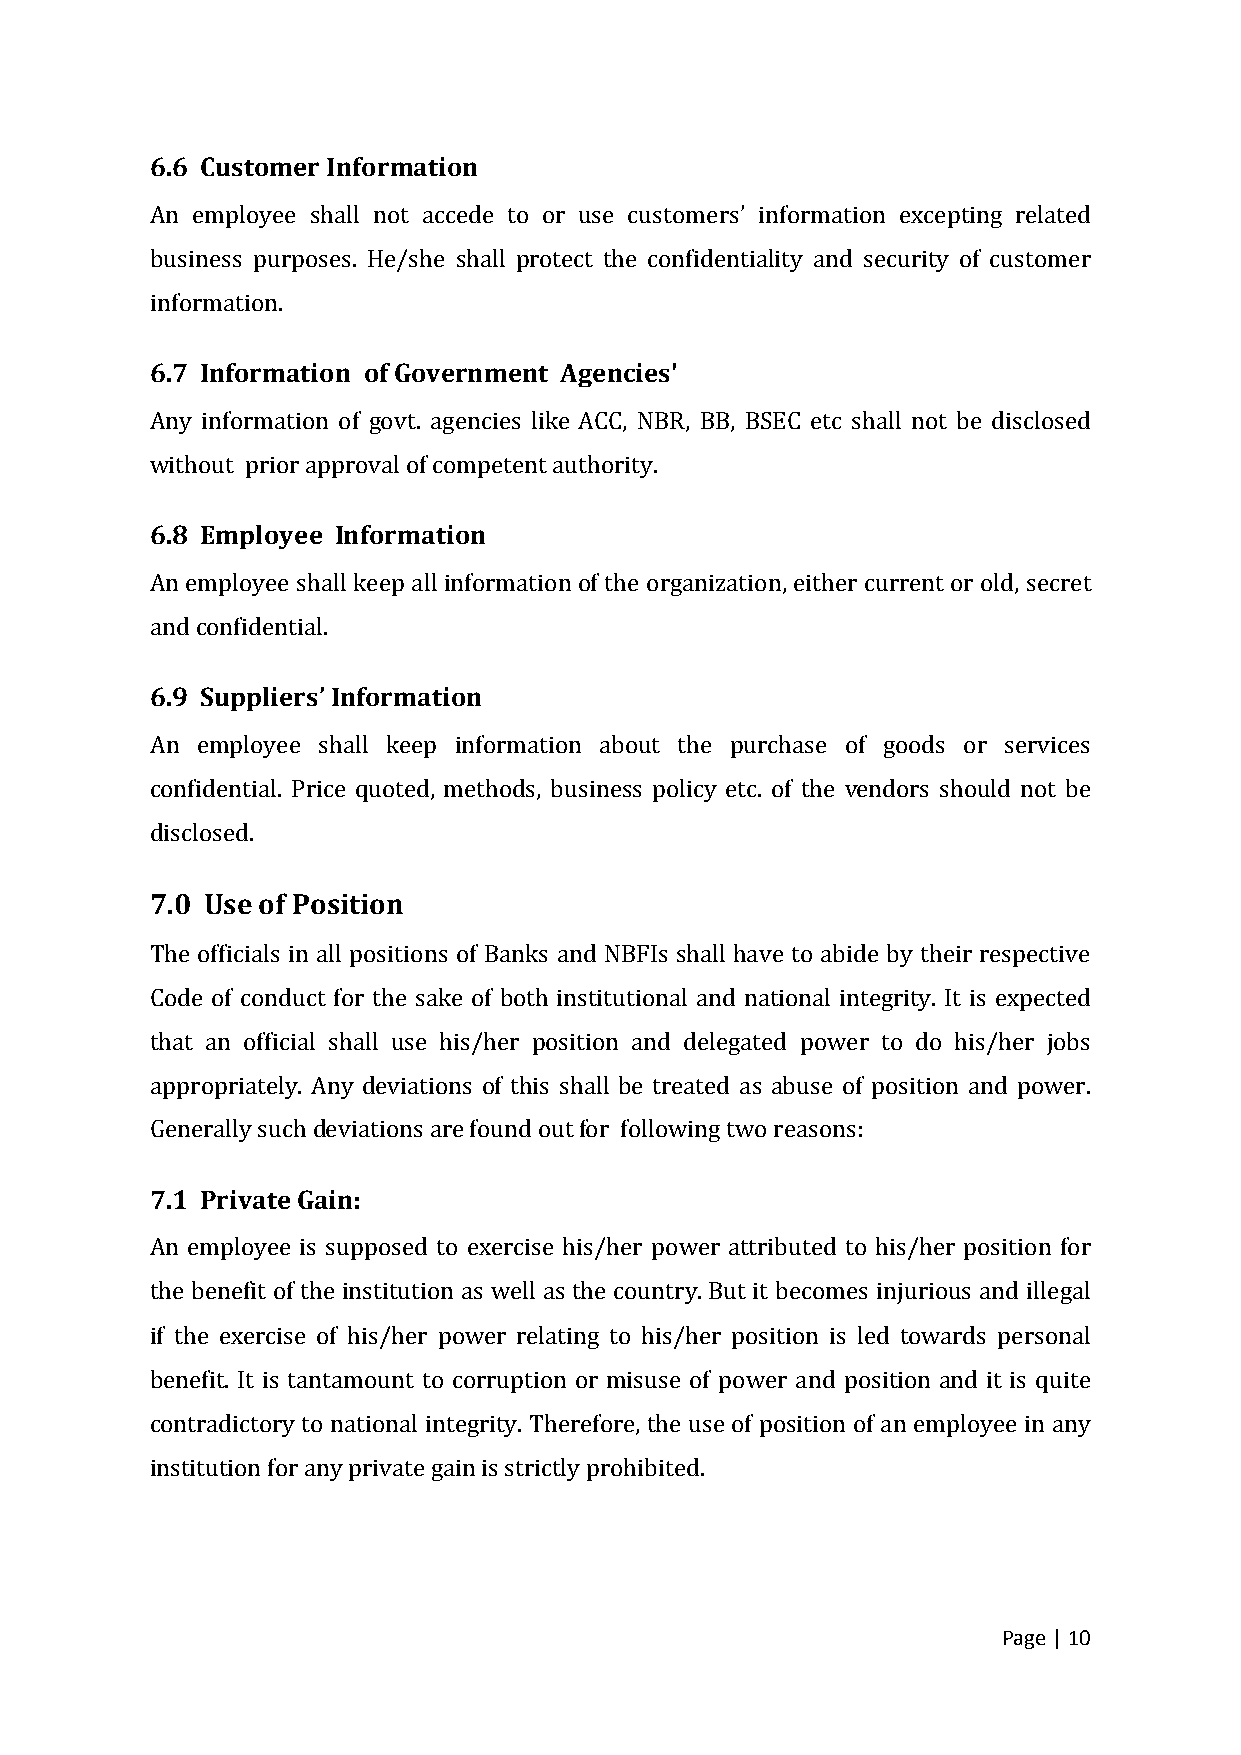
6.6 Customer Information
 An employee shall not accede to or use customers’ information excepting related
 business purposes. He/she shall protect the confidentiality and security of customer
 information.
 6.7 Information of Government Agencies'
 Any information of govt. agencies like ACC, NBR, BB, BSEC etc shall not be disclosed
 without prior approval of competent authority.
 6.8 Employee Information
 An employee shall keep all information of the organization, either current or old, secret
 and confidential.
 6.9 Suppliers’ Information
 An employee shall keep information about the purchase of goods or services
 confidential. Price quoted, methods, business policy etc. of the vendors should not be
 disclosed.
 7.0 Use of Position
 The officials in all positions of Banks and NBFIs shall have to abide by their respective
 Code of conduct for the sake of both institutional and national integrity. It is expected
 that an official shall use his/her position and delegated power to do his/her jobs
 appropriately. Any deviations of this shall be treated as abuse of position and power.
 Generally such deviations are found out for following two reasons:
 7.1 Private Gain:
 An employee is supposed to exercise his/her power attributed to his/her position for
 the benefit of the institution as well as the country. But it becomes injurious and illegal
 if the exercise of his/her power relating to his/her position is led towards personal
 benefit. It is tantamount to corruption or misuse of power and position and it is quite
 contradictory to national integrity. Therefore, the use of position of an employee in any
 institution for any private gain is strictly prohibited.
 Page | 10